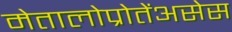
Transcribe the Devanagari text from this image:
मेतालोप्रोतेंअसेस